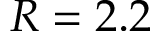
R = 2 . 2